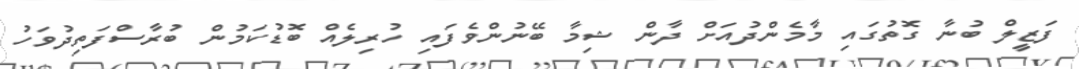
ފަޒީލް ބުނާ ގޮތުގައި މާމެންދުއަށް ދާން ޝިމާ ބޭނުންވެފައި ހުރިލެއް ބޮޑުކަމުން ބުރާސްފަތިދުވަހު